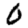
Digit: 0